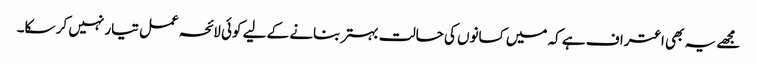
مجھے یہ بھی اعتراف ہے کہ میں کسانوں کی حالت بہتر بنانے کے لیے کوئی لائحہ عمل تیار نہیں کر سکا۔